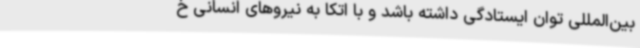
بین‌المللی توان ایستادگی داشته باشد و با اتکا به نیروهای انسانی خ